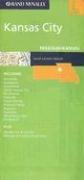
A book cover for Rand McNally Kansas City Missouri/Kansas: Local (Rand McNally Folded Map: Cities); Not Available (NA); Travel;